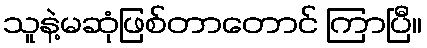
သူနဲ့မဆုံဖြစ်တာတောင် ကြာပြီ။